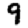
Digit: 9